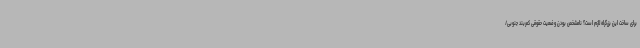
برای ساخت این بزرگراه لازم است؟ نامشخص بودن وضعیت حقوقی کمربند جنوبی/